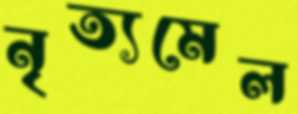
নৃত্যমেল